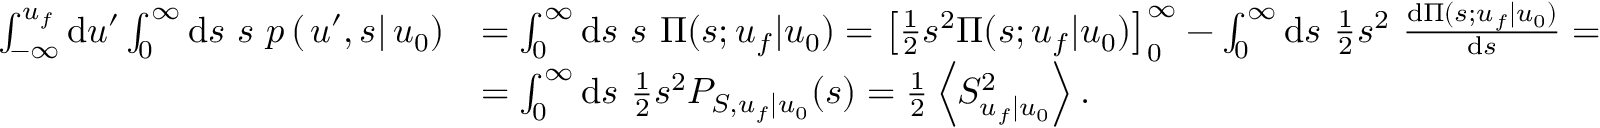
\begin{array} { r l } { \int _ { - \infty } ^ { u _ { f } } \mathrm { d } u ^ { \prime } \int _ { 0 } ^ { \infty } \mathrm { d } s \ s \ p \left( \left. u ^ { \prime } , s \right| u _ { 0 } \right) } & { = \int _ { 0 } ^ { \infty } \mathrm { d } s \ s \ \Pi ( s ; u _ { f } | u _ { 0 } ) = \left[ \frac { 1 } { 2 } s ^ { 2 } \Pi ( s ; u _ { f } | u _ { 0 } ) \right] _ { 0 } ^ { \infty } - \int _ { 0 } ^ { \infty } \mathrm { d } s \ \frac { 1 } { 2 } s ^ { 2 } \ \frac { \mathrm { d } \Pi ( s ; u _ { f } | u _ { 0 } ) } { \mathrm { d } s } = } \\ & { = \int _ { 0 } ^ { \infty } \mathrm { d } s \ \frac { 1 } { 2 } s ^ { 2 } P _ { S , u _ { f } | u _ { 0 } } ( s ) = \frac { 1 } { 2 } \left\langle S _ { u _ { f } | u _ { 0 } } ^ { 2 } \right\rangle . } \end{array}